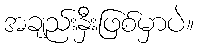
အချည်းနှီးဖြစ်မှာပဲ။